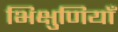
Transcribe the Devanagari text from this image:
भिक्षुणियाँ